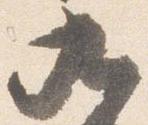
九